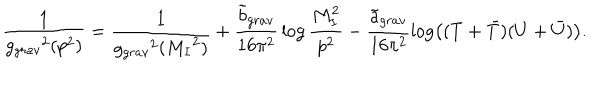
{ \frac { 1 } { { g _ { g r a v } } ^ { 2 } ( p ^ { 2 } ) } } = { \frac { 1 } { { g _ { g r a v } } ^ { 2 } ( { M _ { I } } ^ { 2 } ) } } + { \frac { { \tilde { b } } _ { g r a v } } { 1 6 \pi ^ { 2 } } } \log { \frac { M _ { I } ^ { 2 } } { p ^ { 2 } } } - \frac { { \tilde { a } } _ { g r a v } } { 1 6 \pi ^ { 2 } } \log \left( ( T + { \bar { T } } ) ( U + { \bar { U } } ) \right) .